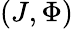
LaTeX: (J,\Phi)